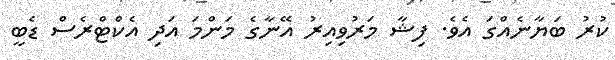
ކުރު ބަޔާނެއްގަ އެވެ. ފިޝާ މަރުވިއިރު އޭނާގެ މަންމަ އަދި އެކްޓްރެސް ޑެބީ